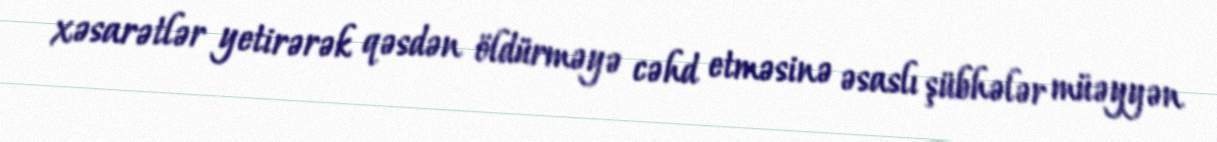
xəsarətlər yetirərək qəsdən öldürməyə cəhd etməsinə əsaslı şübhələr müəyyən